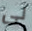
لى